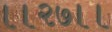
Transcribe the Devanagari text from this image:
।।२७।।